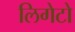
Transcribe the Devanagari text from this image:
लिगेटो